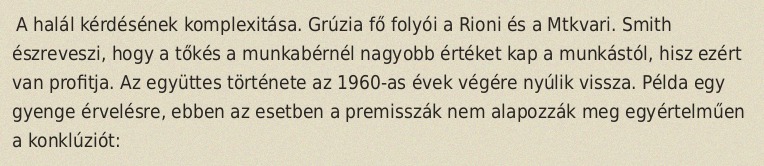
A halál kérdésének komplexitása. Grúzia fő folyói a Rioni és a Mtkvari. Smith észreveszi, hogy a tőkés a munkabérnél nagyobb értéket kap a munkástól, hisz ezért van profitja. Az együttes története az 1960-as évek végére nyúlik vissza. Példa egy gyenge érvelésre, ebben az esetben a premisszák nem alapozzák meg egyértelműen a konklúziót: